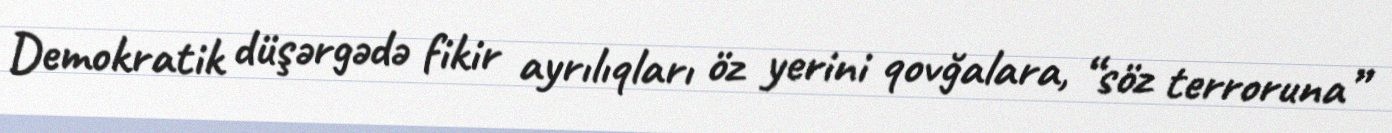
Demokratik düşərgədə fikir ayrılıqları öz yerini qovğalara, “söz terroruna”